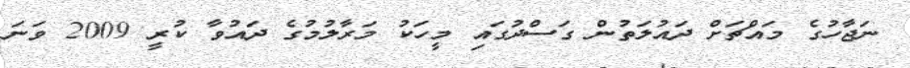
ނަޖާހުގެ މައްޗަށް ދައުލަތުން ގަސްދުގައި މީހަކު މަރާލުމުގެ ދައުވާ ކުރީ 2009 ވަނަ